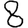
Digit: 8